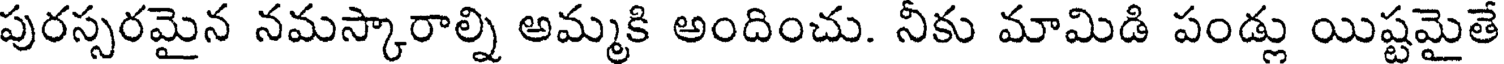
పురస్సరమైన నమస్కారాల్ని అమ్మకి అందించు. నీకు మామిడి పండ్లు యిష్టమైతే